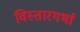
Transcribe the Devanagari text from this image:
विस्तारगर्भा